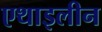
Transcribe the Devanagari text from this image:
एथाइलीन